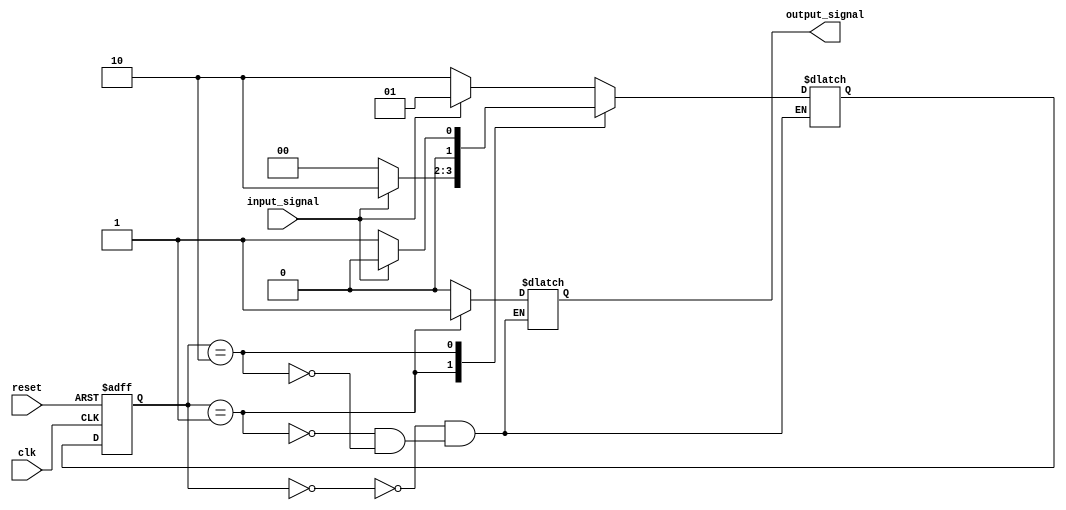
module fsm (
    input wire clk,
    input wire reset,
    input wire input_signal,
    output reg output_signal
);

// define states
parameter S0 = 2'b00;
parameter S1 = 2'b01;
parameter S2 = 2'b10;

reg [1:0] current_state, next_state;

// define initial state
always @ (posedge clk or posedge reset)
begin
    if (reset)
        current_state <= S0;
    else
        current_state <= next_state;
end

// define next state logic
always @ (*)
begin
    case (current_state)
        S0: begin
            if (input_signal)
                next_state = S1;
            else
                next_state = S2;
        end
        S1: begin
            if (input_signal)
                next_state = S2;
            else
                next_state = S0;
        end
        S2: begin
            if (input_signal)
                next_state = S0;
            else
                next_state = S1;
        end
    endcase
end

// define output signal
always @ (*)
begin
    case (current_state)
        S0: output_signal = 1'b0;
        S1: output_signal = 1'b1;
        S2: output_signal = 1'b0;
    endcase
end

endmodule